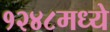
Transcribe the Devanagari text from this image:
१२४८मध्ये